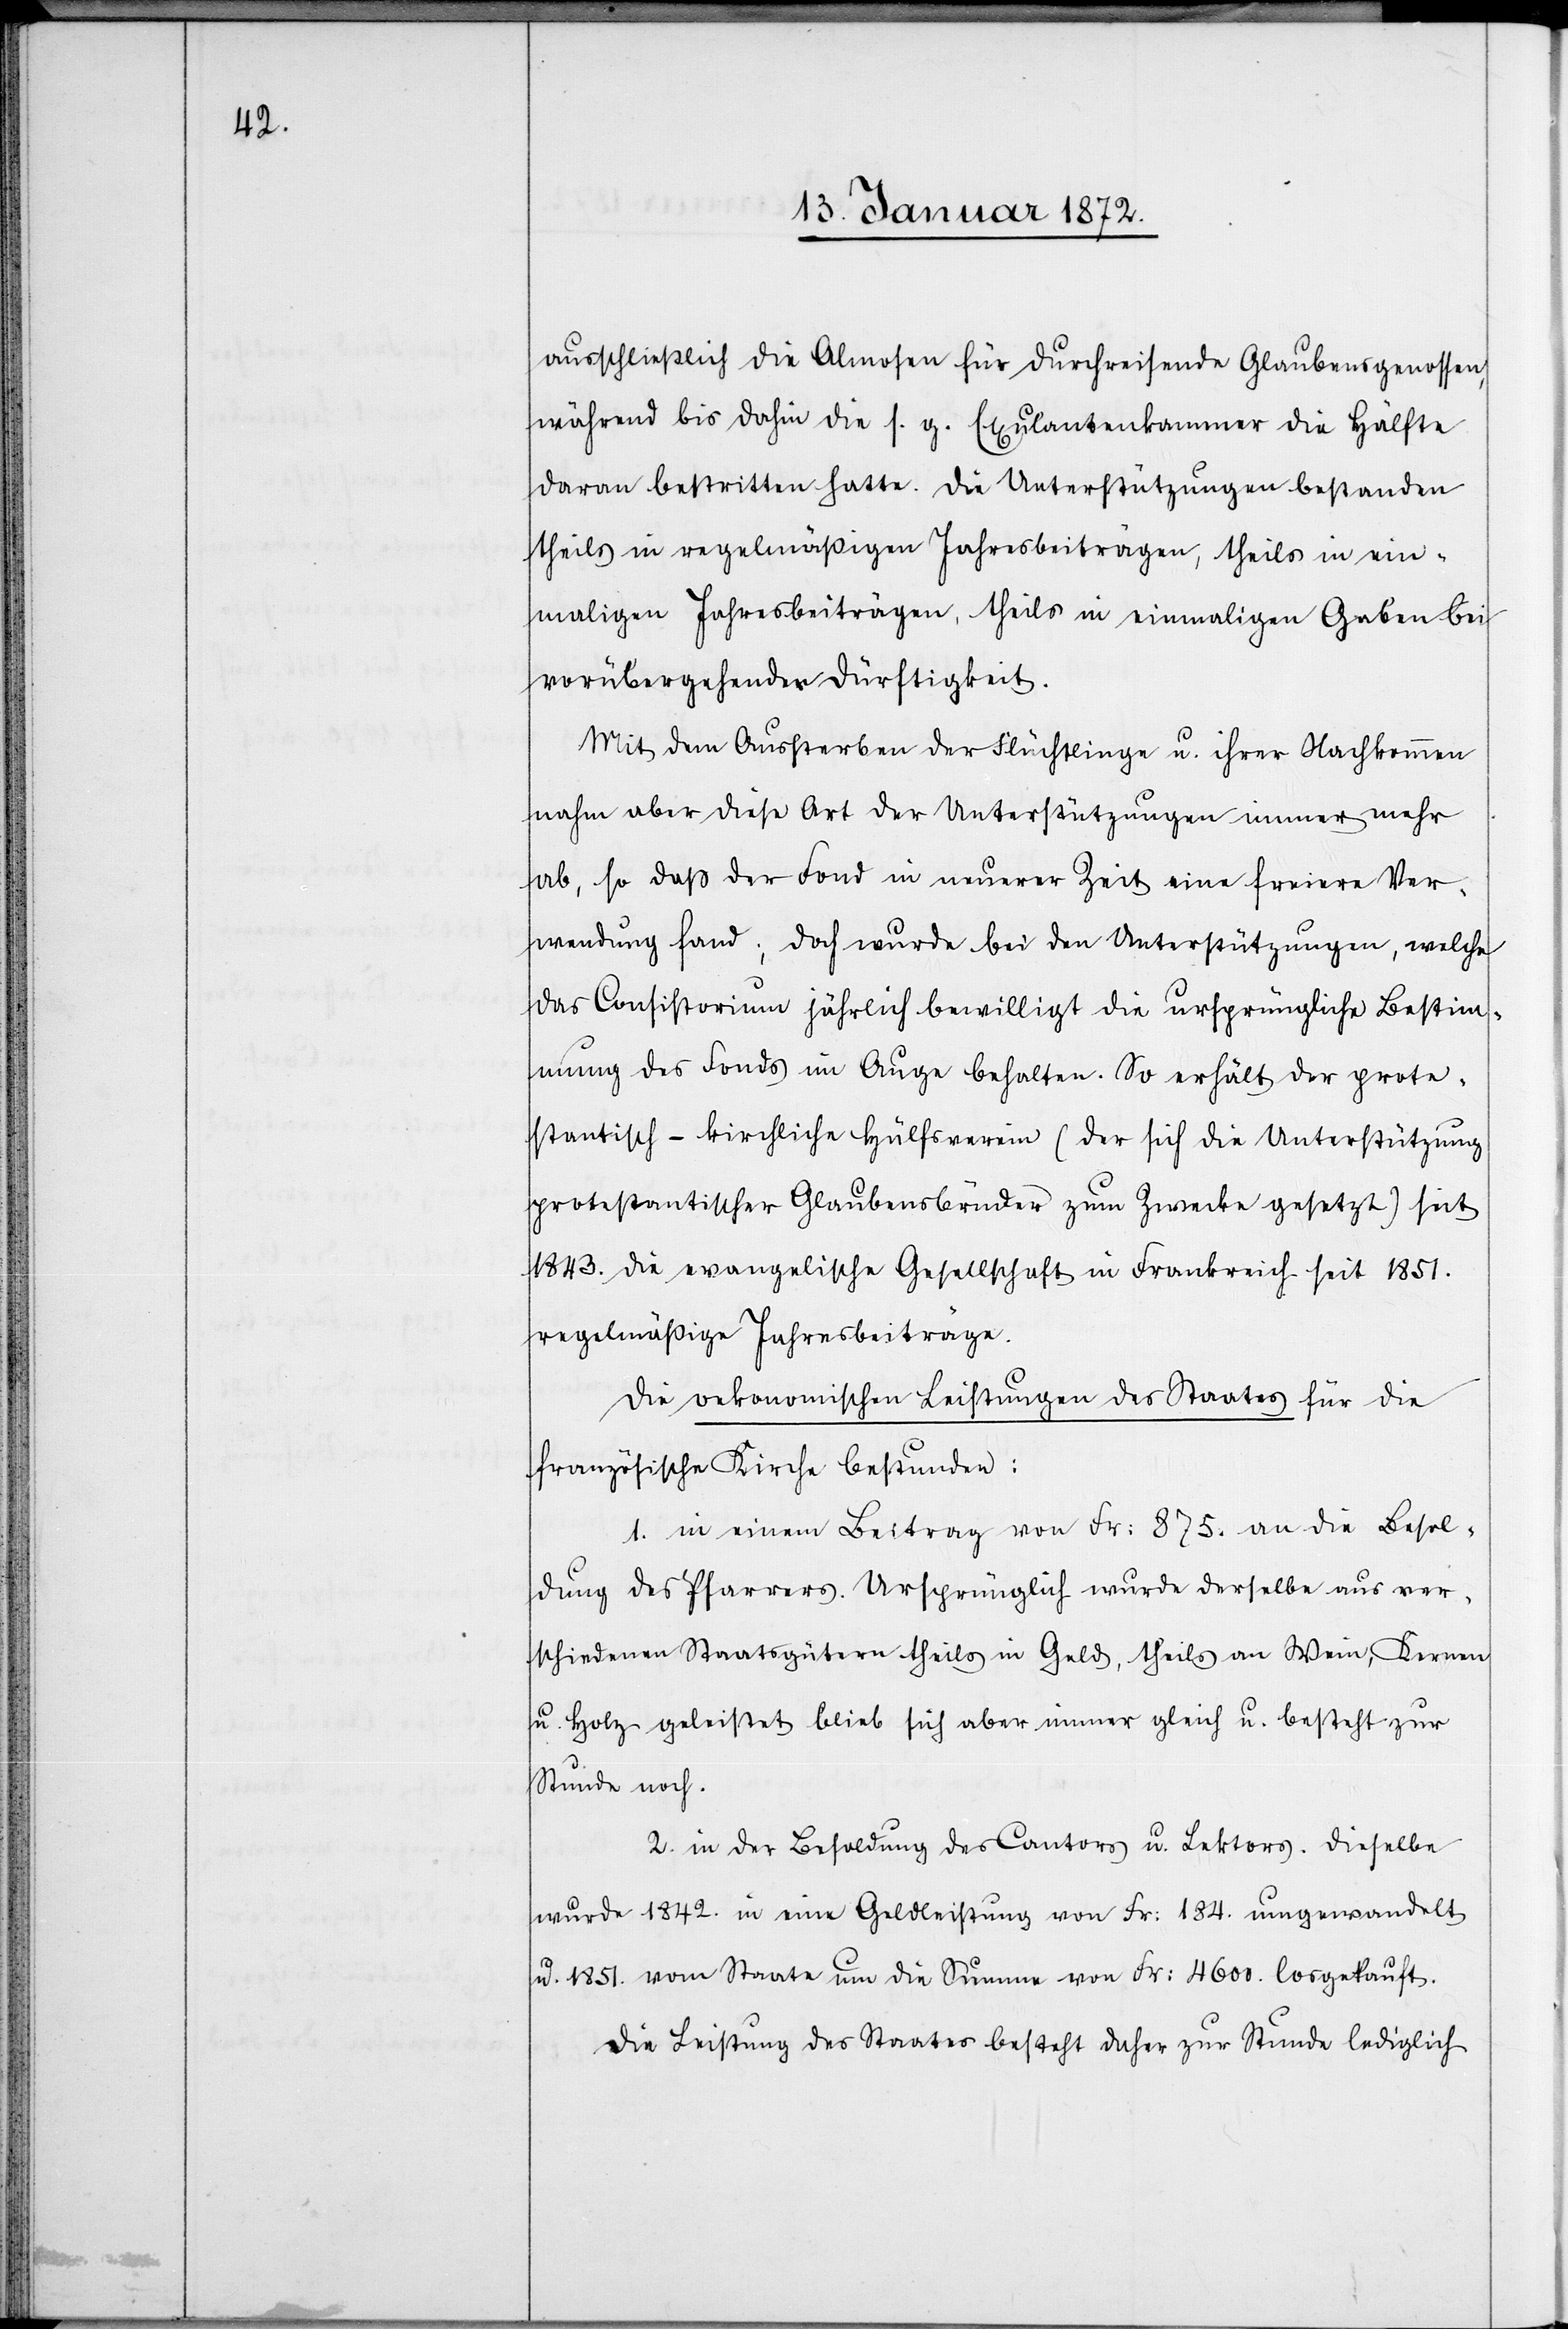
maligen

ausschließlich die Almosen für durchreisende Glaubensgenossen,
während bis dahin die s. g. Exulantenkammer die Hälfte
daran bestritten hatte. Die Unterstützungen bestanden
theils in regelmäßigen Jahresbeiträgen, theils in ein¬
vorübergehender Dürftigkeit.
Mit dem Aussterben der Flüchtlinge u. ihrer Nachkommen
nahm aber diese Art der Unterstützungen immer mehr
ab, so daß der Fond in neuerer Zeit eine freiere Ver¬
wendung fand; doch wurde bei den Unterstützungen, welche
das Consistorium jährlich bewilligt die ursprüngliche Bestim¬
mung des Fonds im Auge behalten. So erhält der prote¬
stantisch-kirchliche Hülfsverein (der sich die Unterstützung
protestantischer Glaubensbrüder zum Zwecke gesetzt) seit
1843. die evangelische Gesellschaft in Frankreich seit 1851.
regelmäßige Jahresbeiträge.
Die oekonomischen Leistungen des Staates für die
französische Kirche bestunden:
1. in einem Beitrag von Fr: 875. an die Besol¬
dung des Pfarrers. Ursprünglich wurde derselbe aus ver¬
schiedenen Staatsgütern theils in Geld, theils an Wein, Kernen
u. Holz geleistet blieb sich aber immer gleich u. besteht zur
Stunde noch.
2. in der Besoldung des Cantors u. Lektors. Dieselbe
wurde 1842. in eine Geldleistung von Fr: 184. umgewandelt
u. 1851. vom Staate um die Summe von Fr: 4600 losgekauft.
Die Leistung des Staates besteht daher zur Stunde lediglich